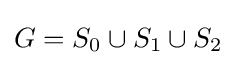
G=S_{0}\cup S_{1}\cup S_{2}